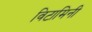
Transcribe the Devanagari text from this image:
विटामिनी